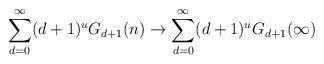
LaTeX: \begin{align*}\sum_{d=0}^{\infty} (d+1)^uG_{d+1}(n)\rightarrow \sum_{d=0}^{\infty} (d+1)^uG_{d+1}(\infty)\end{align*}